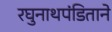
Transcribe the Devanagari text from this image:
रघुनाथपंडिताने